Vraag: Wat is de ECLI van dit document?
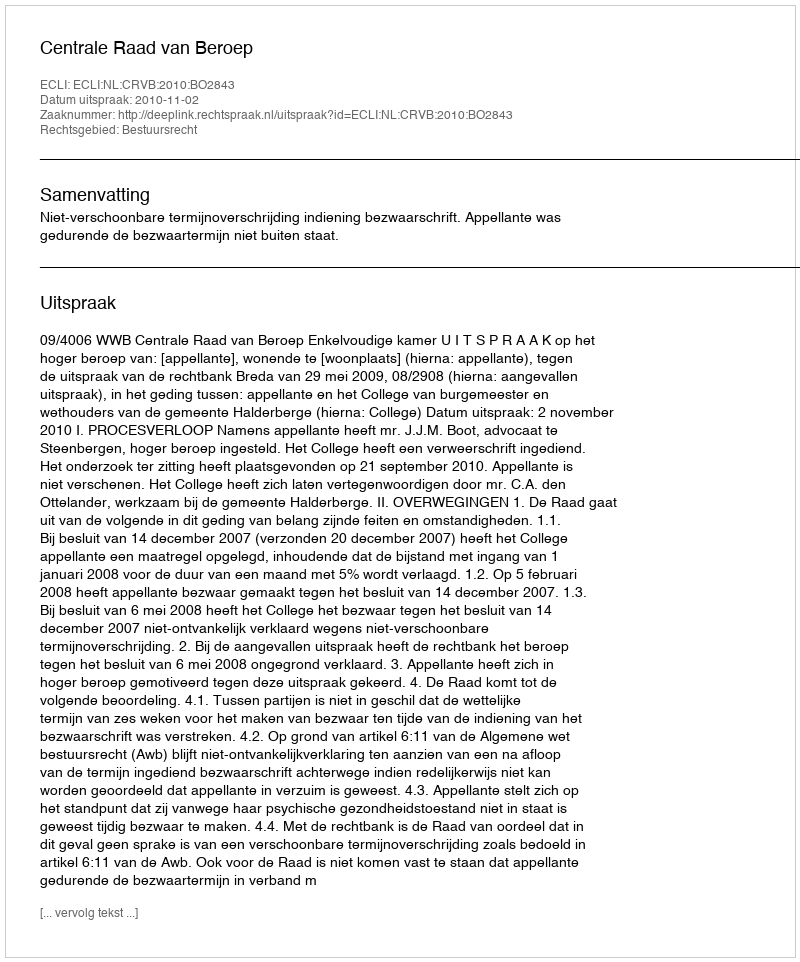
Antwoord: ECLI:NL:CRVB:2010:BO2843